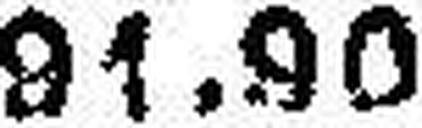
91.90